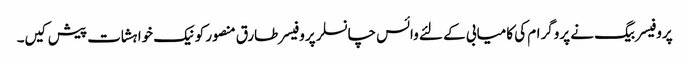
پروفیسر بیگ نے پروگرام کی کامیابی کے لئے وائس چانسلر پروفیسر طارق منصور کو نیک خواہشات پیش کیں۔